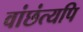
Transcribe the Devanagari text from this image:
वांछंत्यपि